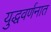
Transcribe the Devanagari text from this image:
युद्धवर्णनात